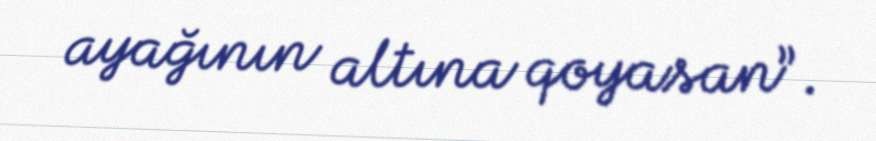
ayağının altına qoyasan”.